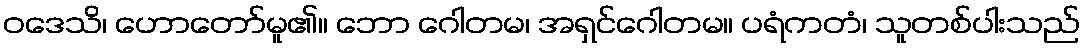
ဝဒေသိ၊ ဟောတော်မူ၏။ ဘော ဂေါတမ၊ အရှင်ဂေါတမ။ ပရံကတံ၊ သူတစ်ပါးသည်